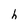
Character: h